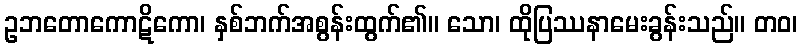
ဥဘတောကောဋိကော၊ နှစ်ဘက်အစွန်းထွက်၏။ သော၊ ထိုပြဿနာမေးခွန်းသည်။ တဝ၊